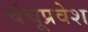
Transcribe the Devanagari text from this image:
चंचूप्रवेश